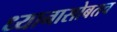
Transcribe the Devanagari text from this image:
ध्यानासोबतच